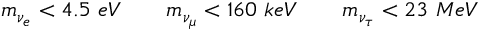
m _ { \nu _ { e } } < 4 . 5 \ e V \qquad m _ { \nu _ { \mu } } < 1 6 0 \ k e V \qquad m _ { \nu _ { \tau } } < 2 3 \ M e V